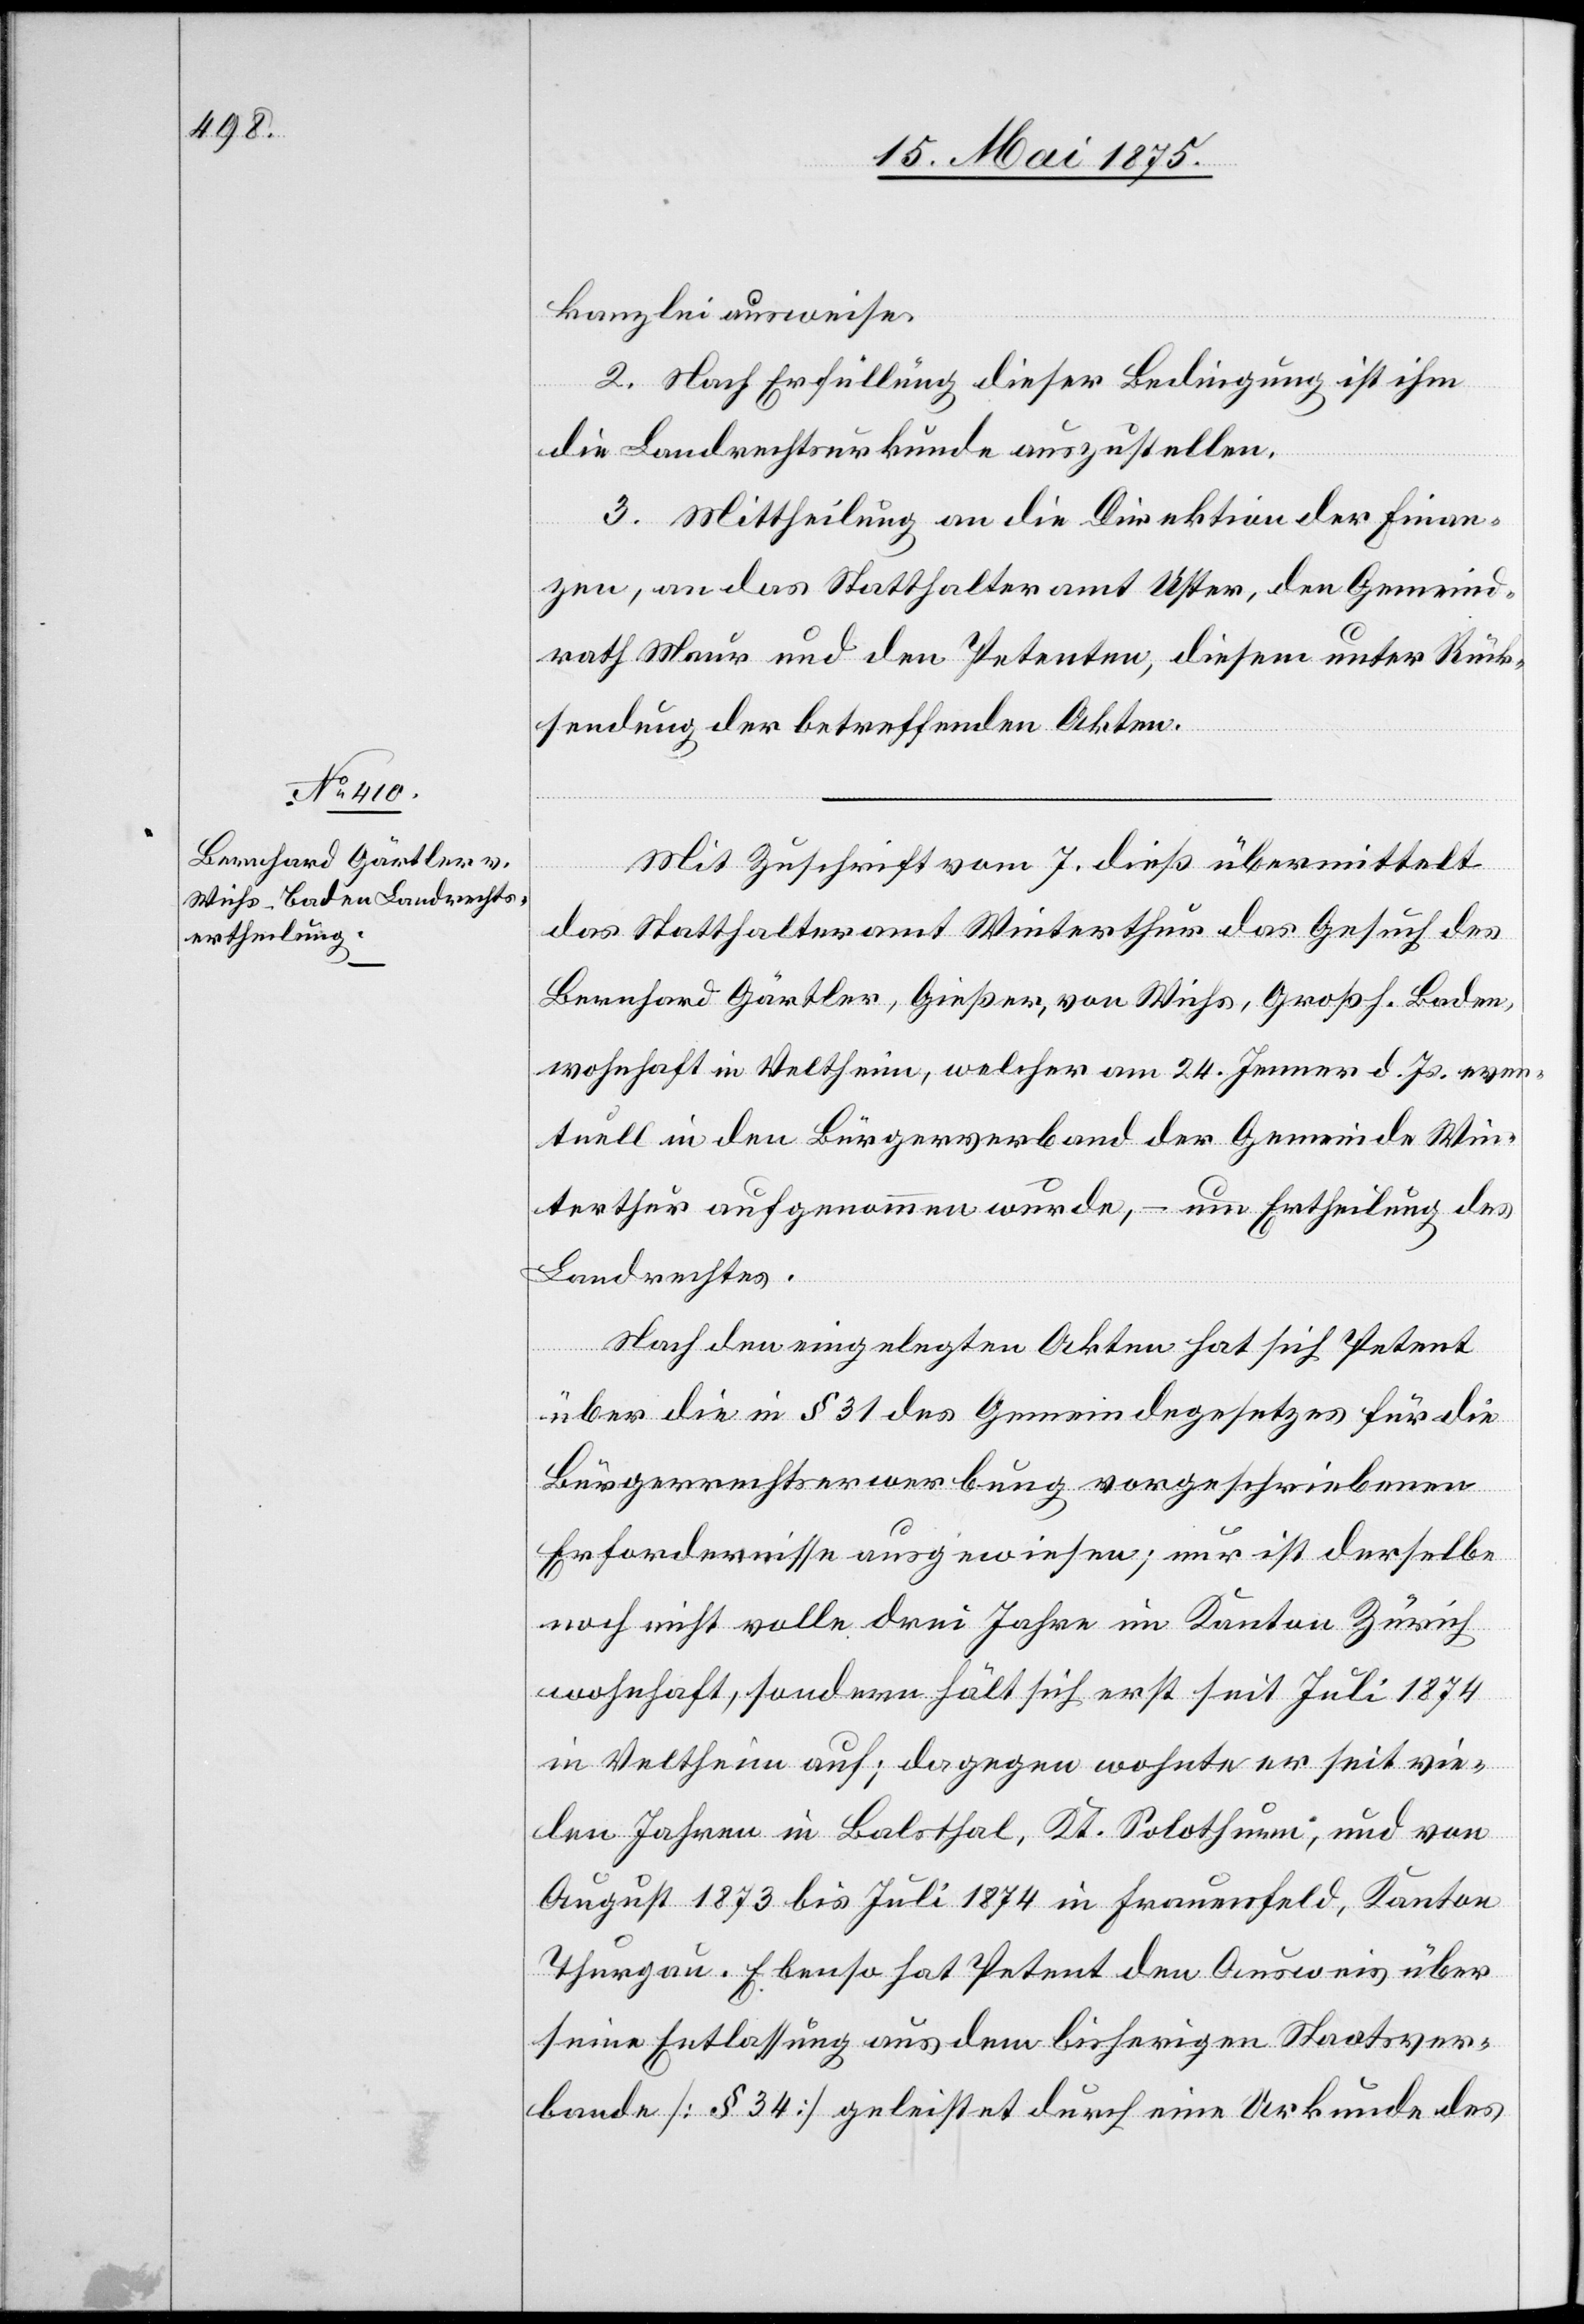
kanzlei ausweise.
2. Nach Erfüllung dieser Bedingung ist ihm
die Landrechtsurkunde auszustellen.
3. Mittheilung an die Direktion der Finan¬
zen, an das Statthalteramt Uster, den Gemeind¬
rath Maur und den Petenten, diesem unter Rück¬
sendung der betreffenden Akten.